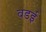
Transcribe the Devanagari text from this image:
वडई